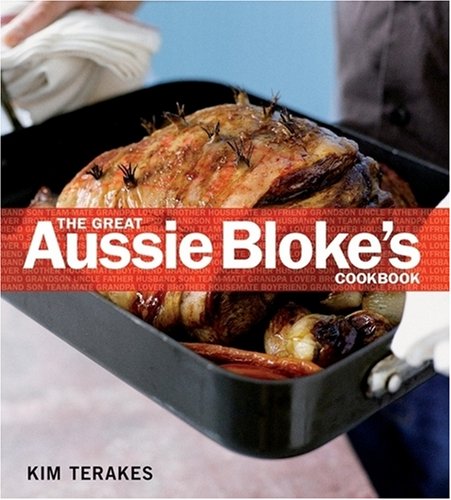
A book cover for Great Aussie Blokes Cookbook,The; Kim Terakes; Cookbooks, Food & Wine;